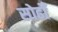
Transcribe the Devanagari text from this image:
सोढोँ